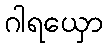
ဂါရယှော